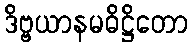
ဒိဗ္ဗယာနမဓိဋ္ဌိတော